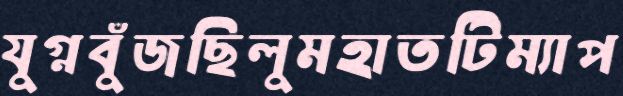
যুগ্নবুঁজছিলুমহাতটিম্যাপ